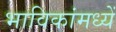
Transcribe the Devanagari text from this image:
भाविकांमध्यें